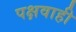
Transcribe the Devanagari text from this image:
पक्षवाही